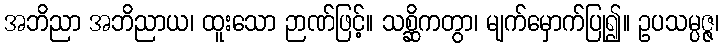
အဘိညာ အဘိညာယ၊ ထူးသော ဉာဏ်ဖြင့်။ သစ္ဆိကတွာ၊ မျက်မှောက်ပြု၍။ ဥပသမ္ပဇ္ဇ၊